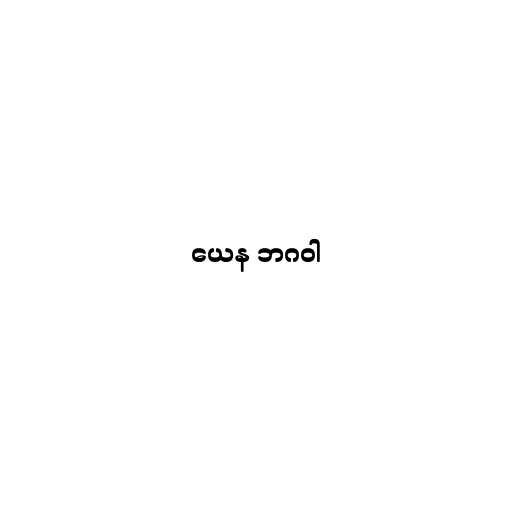
ယေန ဘဂဝါ